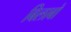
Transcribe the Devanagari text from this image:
बिलाबो